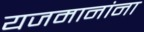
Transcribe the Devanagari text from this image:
यजमानांना